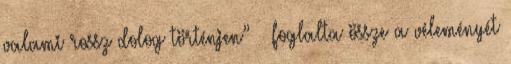
valami rossz dolog történjen” – foglalta össze a véleményét